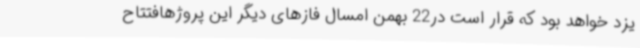
یزد خواهد بود که قرار است در22 بهمن امسال فازهای دیگر این پروژهافتتاح